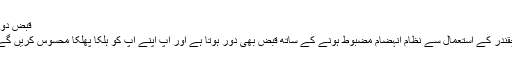
قبض دور
چقندر کے استعمال سے نظام انہضام مضبوط ہونے کے ساتھ قبض بھی دور ہوتا ہے اور آپ اپنے آپ کو ہلکا پھلکا محسوس کریں گے۔